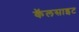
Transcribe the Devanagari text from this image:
कॅलसाइट